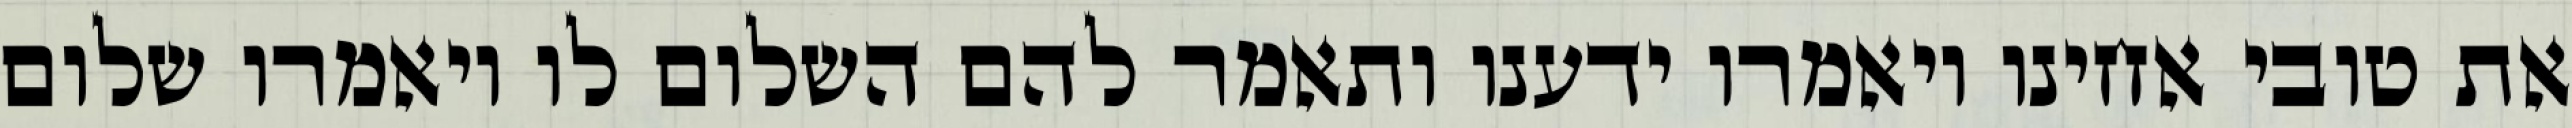
את טובי אחינו ויאמרו ידענו ותאמר להם השלום לו ויאמרו שלום